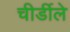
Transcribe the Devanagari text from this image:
चीर्डीले